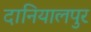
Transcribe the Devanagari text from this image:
दानियालपुर